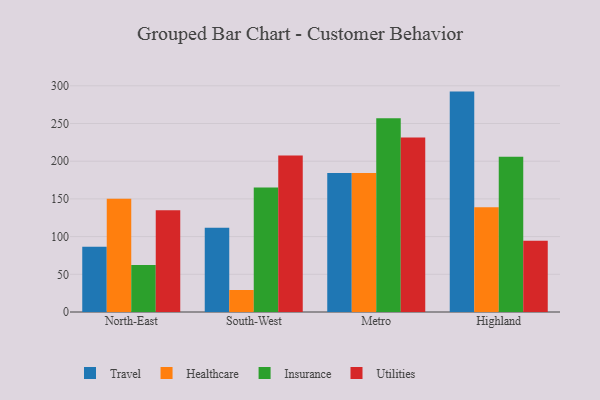
{"axis": {"x": "Region", "y": "Production Output"}, "legend": ["Healthcare", "Insurance", "Travel", "Utilities"], "data": [{"x": "North-East", "y": 86.7, "type": "Travel"}, {"x": "North-East", "y": 150.2, "type": "Healthcare"}, {"x": "North-East", "y": 62.4, "type": "Insurance"}, {"x": "North-East", "y": 135.1, "type": "Utilities"}, {"x": "South-West", "y": 111.9, "type": "Travel"}, {"x": "South-West", "y": 29.2, "type": "Healthcare"}, {"x": "South-West", "y": 165.2, "type": "Insurance"}, {"x": "South-West", "y": 207.7, "type": "Utilities"}, {"x": "Metro", "y": 184.3, "type": "Travel"}, {"x": "Metro", "y": 184.2, "type": "Healthcare"}, {"x": "Metro", "y": 256.9, "type": "Insurance"}, {"x": "Metro", "y": 231.3, "type": "Utilities"}, {"x": "Highland", "y": 292.3, "type": "Travel"}, {"x": "Highland", "y": 138.8, "type": "Healthcare"}, {"x": "Highland", "y": 206.0, "type": "Insurance"}, {"x": "Highland", "y": 94.4, "type": "Utilities"}]}